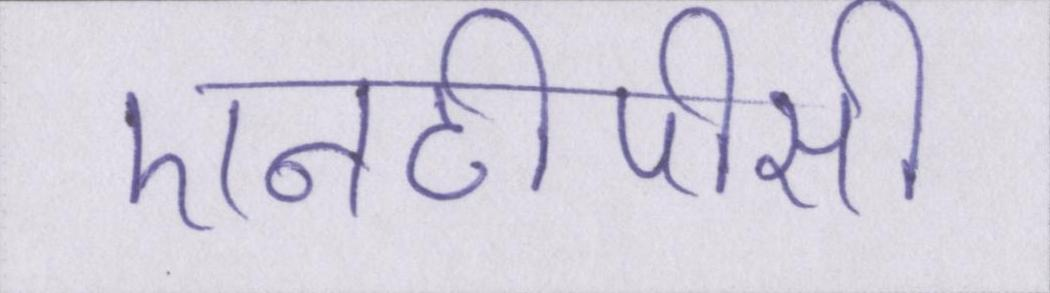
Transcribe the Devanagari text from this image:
एनटीपीसी